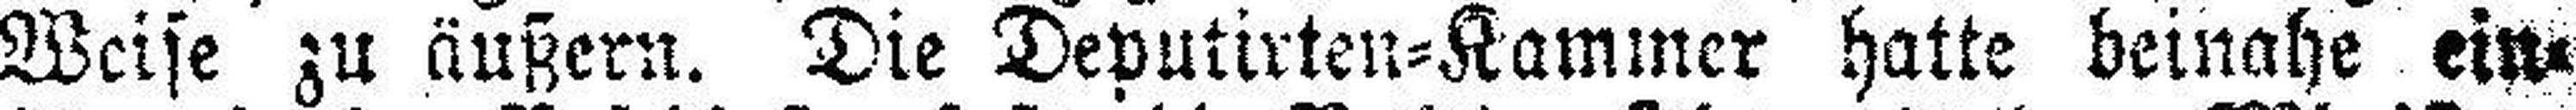
Weise zu äußern. Die Deputirten=Kammer hatte beinahe ein¬